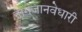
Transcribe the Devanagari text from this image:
नागजानवेधारी